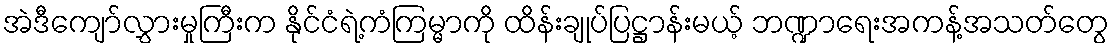
အဲဒီကျော်လွှားမှုကြီးက နိုင်ငံရဲ့ကံကြမ္မာကို ထိန်းချုပ်ပြဋ္ဌာန်းမယ့် ဘဏ္ဍာရေးအကန့်အသတ်တွေ